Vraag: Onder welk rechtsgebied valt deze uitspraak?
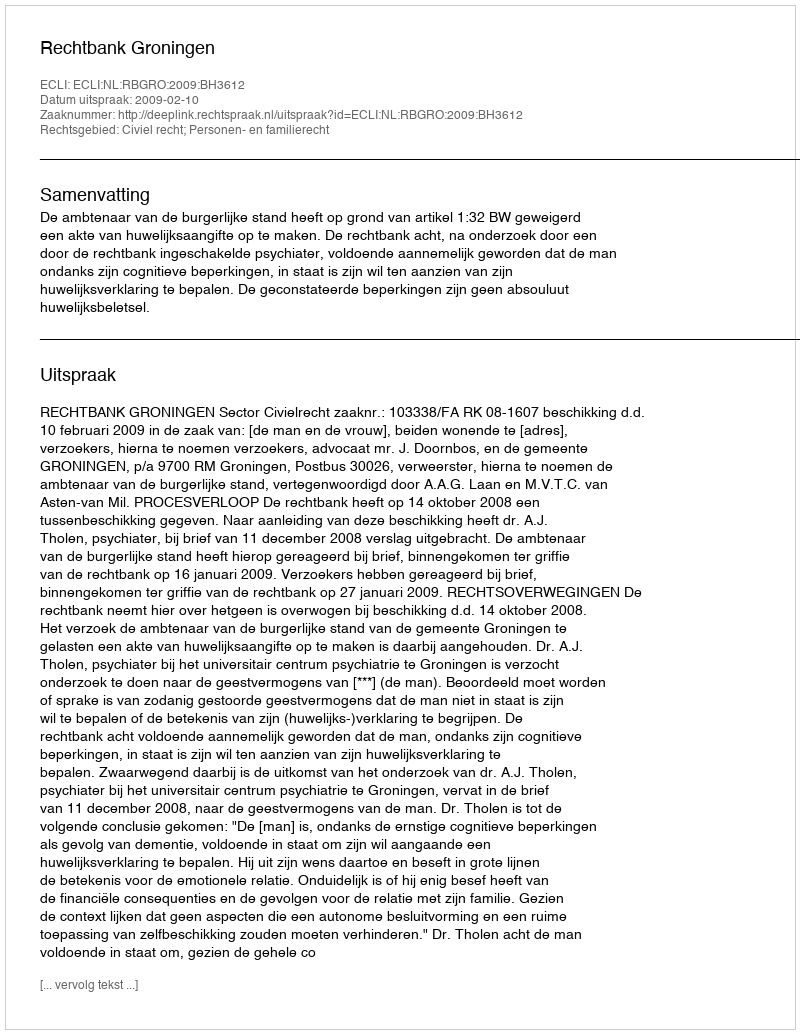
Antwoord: Civiel recht; Personen- en familierecht